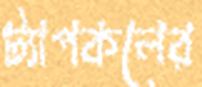
ট্যাপকলের